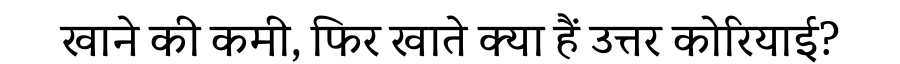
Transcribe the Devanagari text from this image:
खाने की कमी, फिर खाते क्या हैं उत्तर कोरियाई?